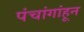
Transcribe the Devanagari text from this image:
पंचांगांहून